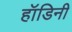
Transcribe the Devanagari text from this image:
हॉडिनी